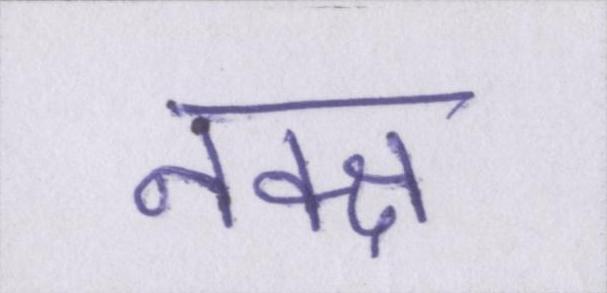
नक्क्ष